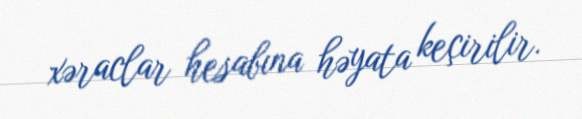
xəraclar hesabına həyata keçirilir.